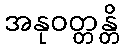
အနုဝတ္တန္တိ